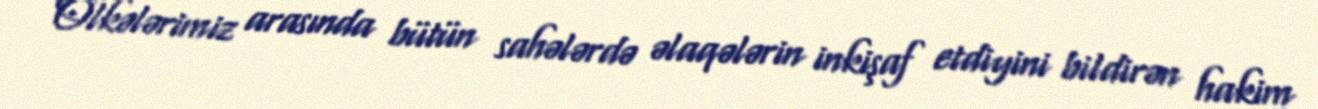
Ölkələrimiz arasında bütün sahələrdə əlaqələrin inkişaf etdiyini bildirən hakim